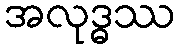
အလုဒ္ဓဿ